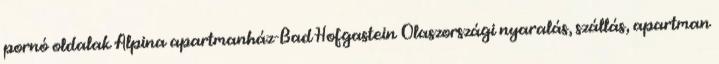
pornó oldalak Alpina apartmanház-Bad Hofgastein Olaszországi nyaralás, szállás, apartman